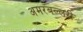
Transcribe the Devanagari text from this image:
अमरबल्लरी